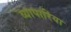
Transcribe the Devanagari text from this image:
व्‍यापारिया